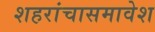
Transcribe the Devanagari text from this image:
शहरांचासमावेश